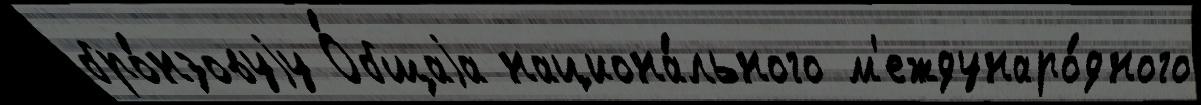
бро́нзовуjу О́бщаjа национа́льного м'еждунаро́дного